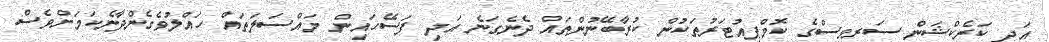
އަދި ކަރެކްޝަން ސަރވިސްގެ ކޮމްޕިއުޓަރުތަކުން ކުރާބޭނުންތައް ދެނެގަނެ އަދި ފަސޭހައިން މައްސަލަތައް ހައްލުވެގެންދާނެކަމަށްވެސް